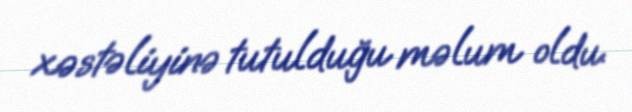
xəstəliyinə tutulduğu məlum oldu.